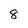
Character: 8